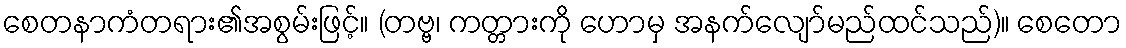
စေတနာကံတရား၏အစွမ်းဖြင့်။ (တဗ္ဗ၊ ကတ္တားကို ဟောမှ အနက်လျော်မည်ထင်သည်)။ စေတော